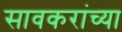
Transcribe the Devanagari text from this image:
सावकरांच्या